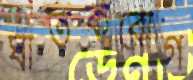
ঘাতকরোগ